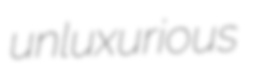
unluxurious